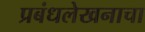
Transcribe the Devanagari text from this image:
प्रबंधलेखनाचा